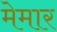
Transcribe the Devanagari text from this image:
मेमार